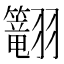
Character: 𬖅